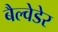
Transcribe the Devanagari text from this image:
बैल्वेडेर